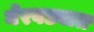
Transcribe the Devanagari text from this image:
येरवड्यात